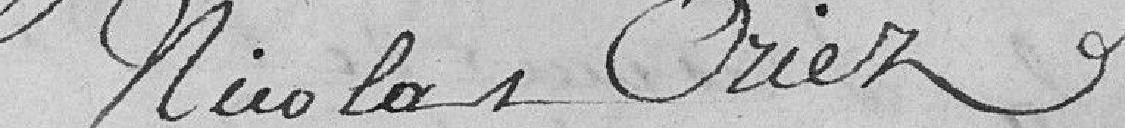
Nicolas Oriez